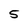
Character: 5